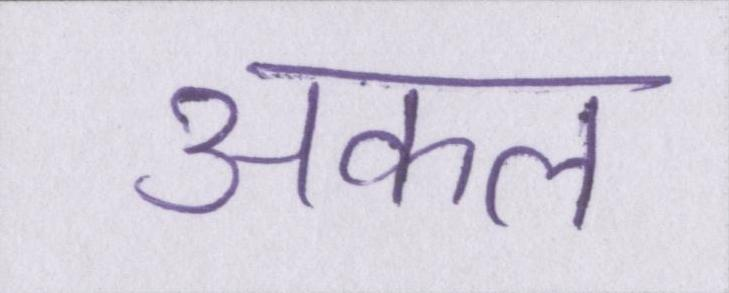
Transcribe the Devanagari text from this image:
अकल